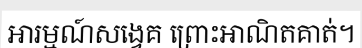
អារម្មណ៍សង្វេគ ព្រោះអាណិតគាត់។